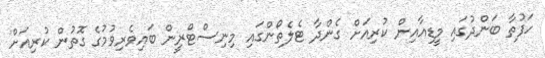
ހަފުތާ ބަންދުގައި މީޑިއާއިން ކުރިއަށް ގެންދާ ޓެލެތޯންގައި މިނިސްޓްރީން ބައިވެރިވުމުގެ ގޮތުން ކުރިއަށް